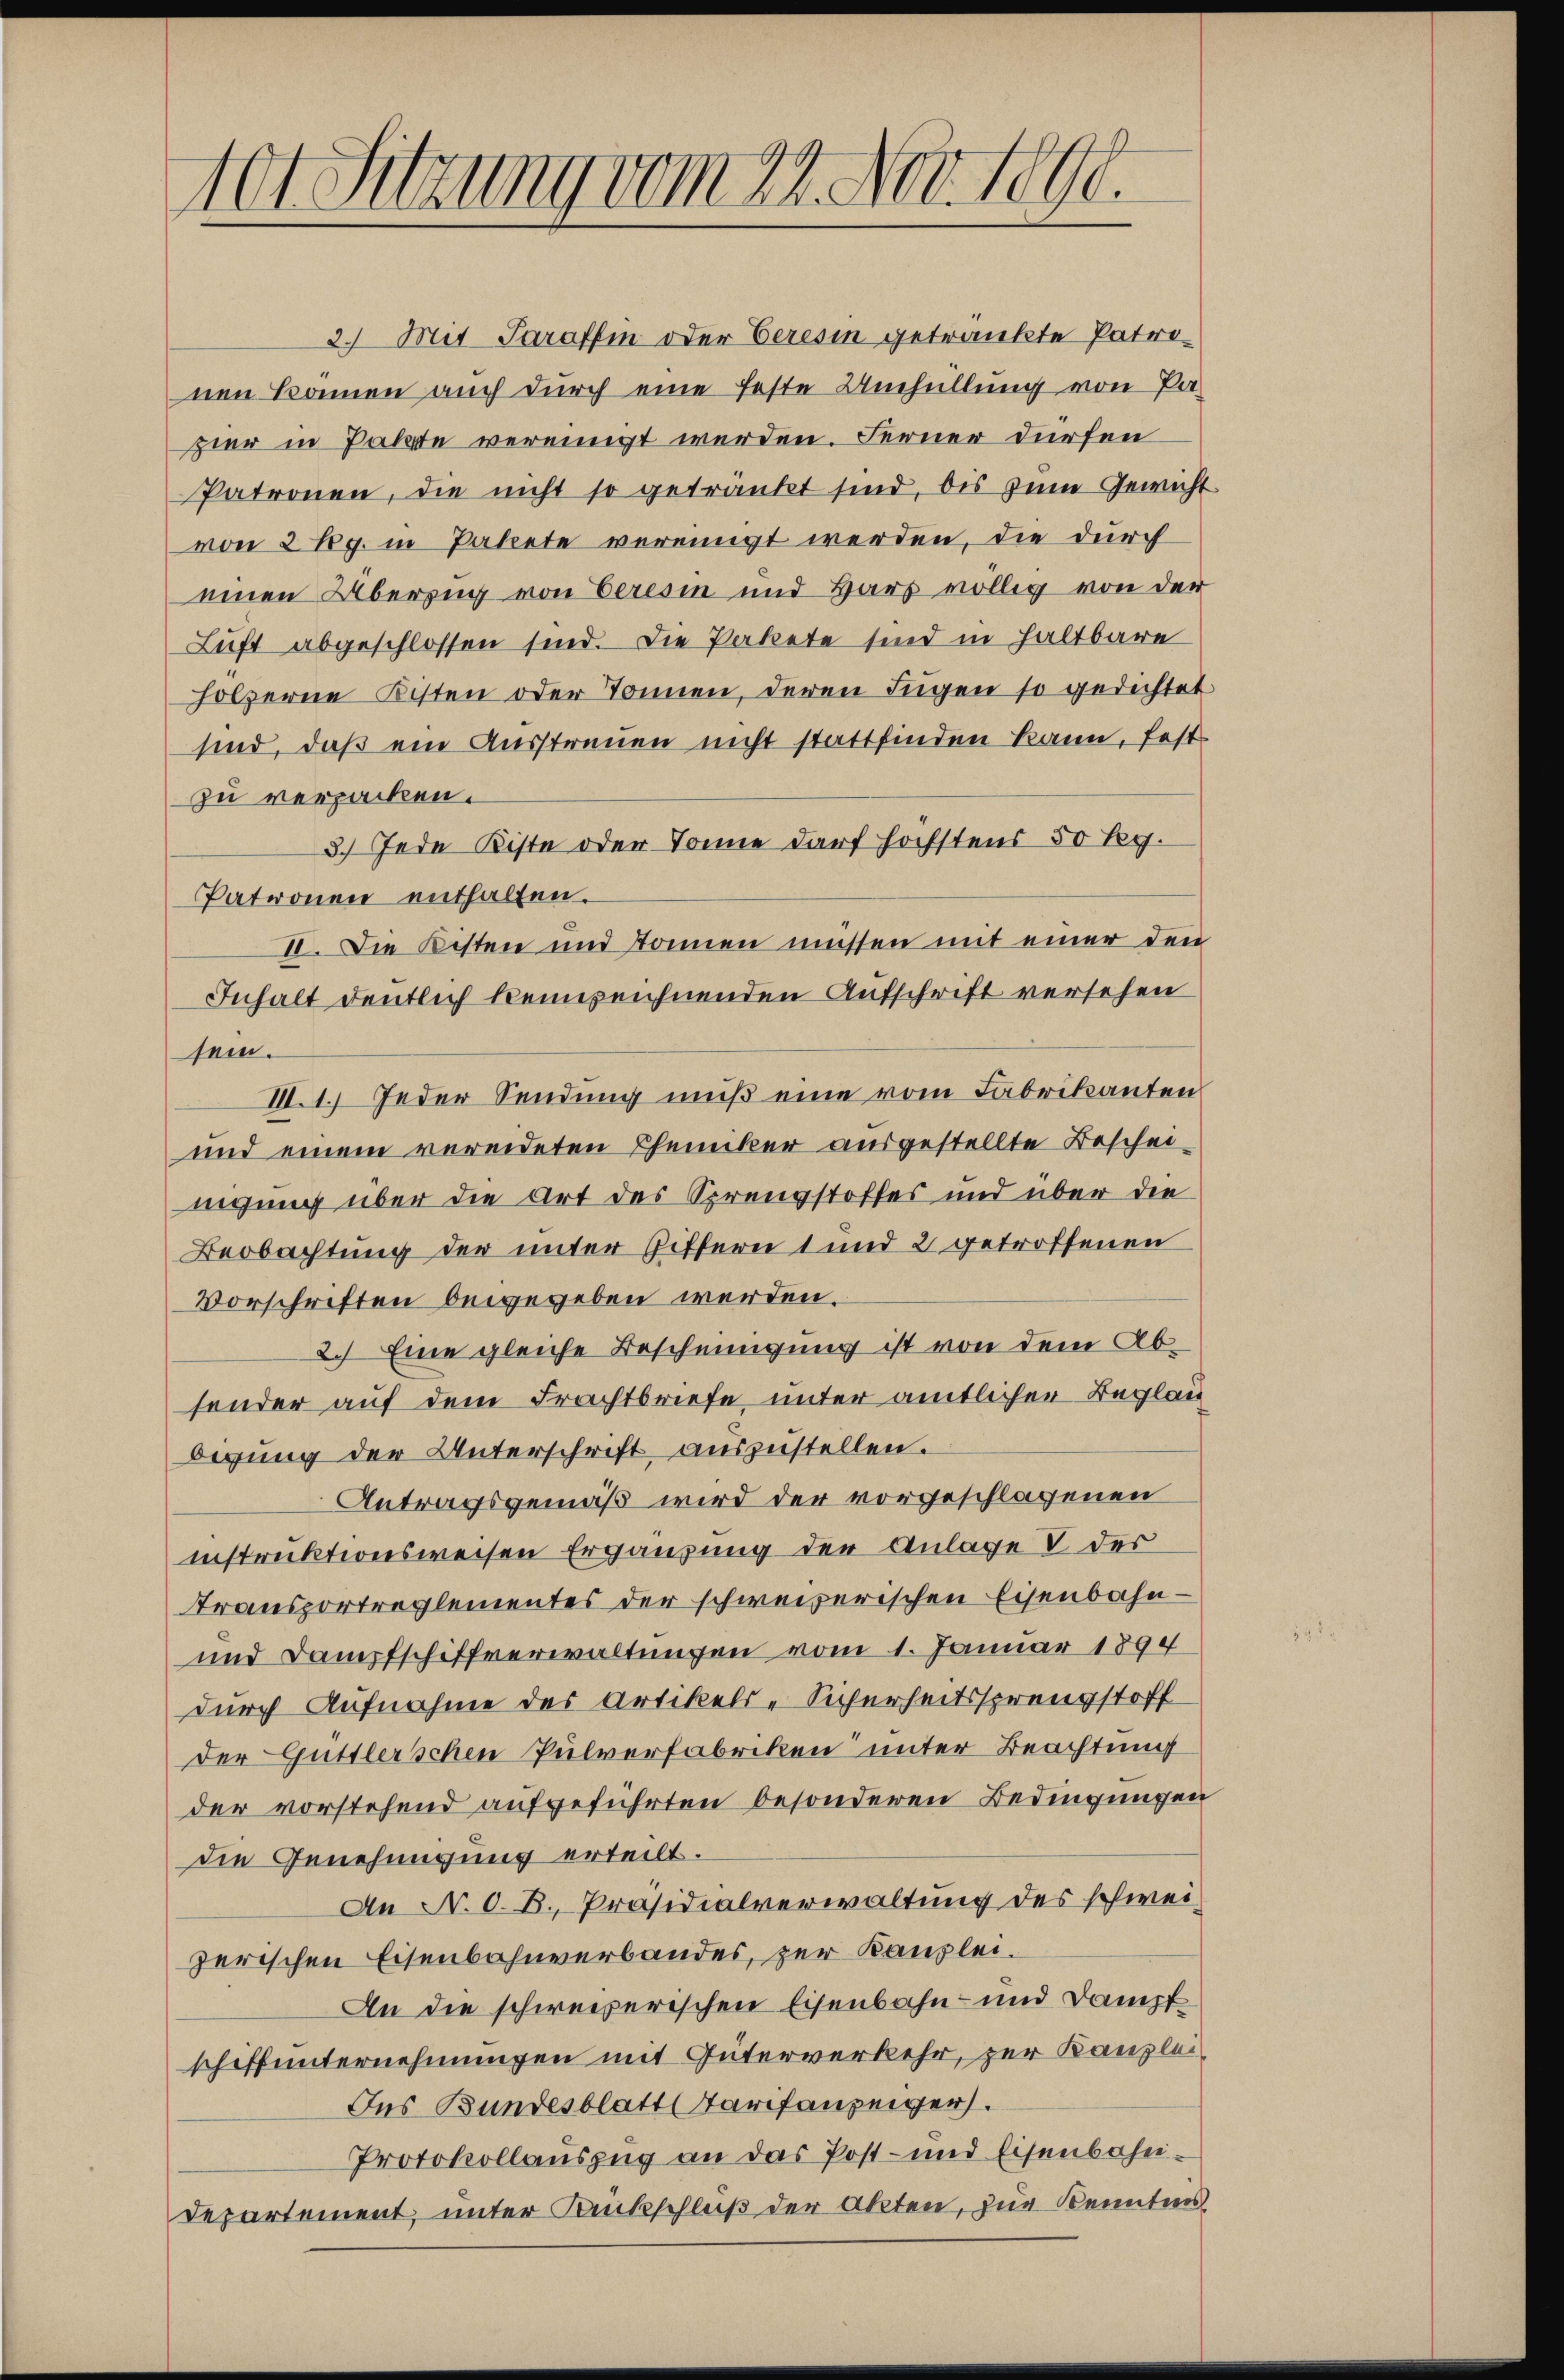
101 Sitzung vom 22. Nov. 1890.

2.) Mit Paraffin oder Ceresin getränkte Patronen können auch durch eine feste Umhüllung von Pa-
zier in Parte vereinigt werden. Ferner dürfen
Patronen, die nicht so getränkt sind, bis zum Gewicht
von 2 kg. in Pakete vereinigt werden, die durch
einen Überzug von beresin und Hars völlig von der
Luft abgeschlossen sind. Die Pakete sind in haltbare
holzerne Kisten oder Tonnen, deren Fugen so gedichtet
sind, daß ein Ausstreuen nicht stattfinden kann, fest
zu verpacken.
3.) Jede Kiste oder Sonne darf höchstens 50 Leg.
Patronen enthalten.
II. Die Kisten und Tonnen müssen mit einer den
Inhalt deutlich kennzeichnenden Aufschrift versehen
sein.
III. 1.) Jeder Sendung muß eine vom Fabrikanten
und einem vereideten Chemiker ausgestellte Beschei-
nigung über die Art des Sprengstoffes und über die
Beobachtung der unter Zittern 1 und 2 getroffenen
Vorschriften beigegeben werden.
2.) Eine gleiche Bescheinigung ist von dem Absonder auf dem Frachtbriefe unter amtlichen Beglau
Oegung der Unterschrift auszustellen.
Antragsgemäß wird der vorgeschlagenen
nnstruktionsweisen Ergänzung der Anlage V der
Transportreglementes der schweizerischen Eisenbahn¬
und Dampfschiffverwaltungen vom 1. Januar 1894
durch Aufnahme des Artikels-Sicherheitssprengstoff
Der Güttlerschen Pulverfabriken unter Beachtung
der vorstehend aufgeführten besonderen Bedingungen
die Genehmigung erteilt.
An N. O. B., Präsidialverwaltung des schweizerischen Eisenbahnverbandes, zur Kanzlei.
An die schweizerischen Eisenbahn- und Dampf
schiffunternehmungen mit Güterverkehr, zur Kanzlei¬
Ins Bundesblatt Tarifanzeiger.
Protokollauszug an das Post- und Eisenbahn¬
Departement, unter Sackschluß der Akten, zur Kenntens